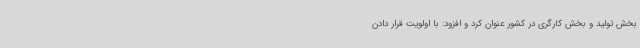
بخش تولید و بخش کارگری در کشور عنوان کرد و افزود: با اولویت قرار دادن